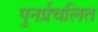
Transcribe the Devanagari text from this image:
पुनर्प्रचलित